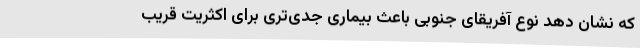
که نشان دهد نوع آفریقای جنوبی باعث بیماری جدی‌تری برای اکثریت قریب